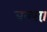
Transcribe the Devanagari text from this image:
बक्सा़